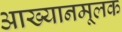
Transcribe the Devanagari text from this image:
आख्यानमूलक